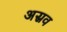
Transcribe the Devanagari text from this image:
अस्रव